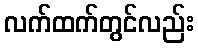
လက်ထက်တွင်လည်း